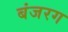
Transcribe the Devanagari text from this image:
बंजरग